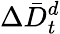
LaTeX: \Delta\bar{D}_{t}^{d}